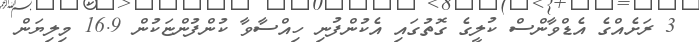
3 ރަށެއްގެ އެޑްވާންސް ކުލީގެ ގޮތުގައި އެކުންފުނި ހިއްސާވާ ކުންފުންޏަކުން 16.9 މިލިޔަން